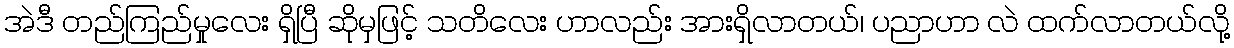
အဲဒီ တည်ကြည်မှုလေး ရှိပြီ ဆိုမှဖြင့် သတိလေး ဟာလည်း အားရှိလာတယ်၊ ပညာဟာ လဲ ထက်လာတယ်လို့